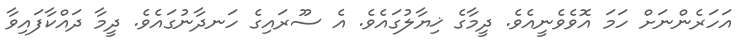
އަހަރެންނަށް ހަމަ އޮވެވެނީއެވެ. ދީމާގެ ޚިޔާލުގައެވެ. އެ ސޫރައިގެ ހަނދާނުގައެވެ. ދީމާ ދައްކާފައިވާ